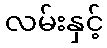
လမ်းနှင့်